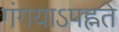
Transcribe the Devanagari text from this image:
गंगयाऽपह्नते